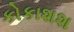
કોકાશશ